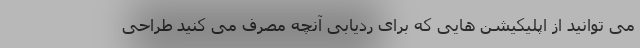
می توانید از اپلیکیشن هایی که برای ردیابی آنچه مصرف می کنید طراحی